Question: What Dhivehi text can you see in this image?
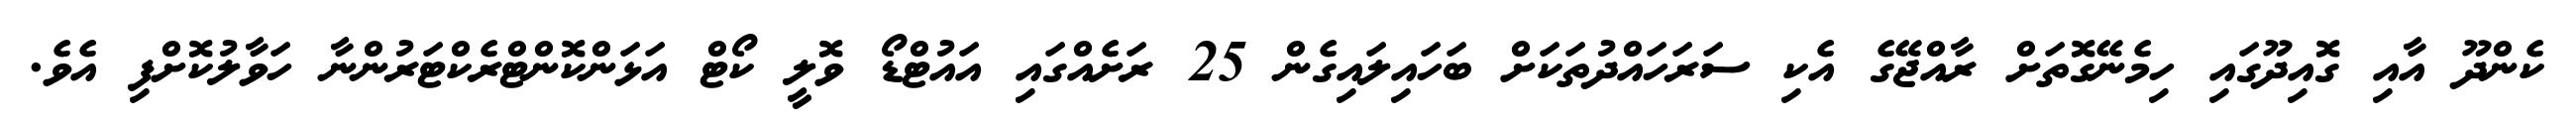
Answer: ކެންދޫ އާއި ގޮއިދޫގައި ހިމެނޭގޮތަށް ރާއްޖޭގެ އެކި ސަރަހައްދުތަކަށް ބަހައިލައިގެން 25 ރަށެއްގައި އައުޓްޑޯ ވޮލީ ކޯޓް އަޅަންކޮންޓްރެކްޓަރުންނާ ހަވާލުކޮށްފި އެވެ.